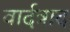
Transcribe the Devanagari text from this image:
वार्दत्राद